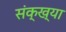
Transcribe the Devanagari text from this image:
संक्ख्या